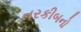
તરકીબનો